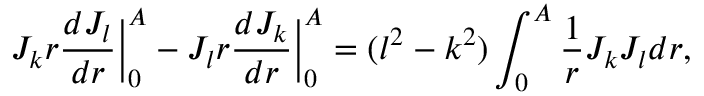
J _ { k } r \frac { d J _ { l } } { d r } \bigg | _ { 0 } ^ { A } - J _ { l } r \frac { d J _ { k } } { d r } \bigg | _ { 0 } ^ { A } = ( l ^ { 2 } - k ^ { 2 } ) \int _ { 0 } ^ { A } \frac { 1 } { r } J _ { k } J _ { l } d r ,